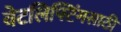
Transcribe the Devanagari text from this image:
वेटलिफ्टिंगसाठी